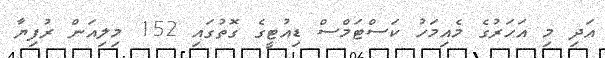
އަދި މި އަހަރުގެ މެއިމަހު ކަސްޓަމްސް ޑިއުޓީގެ ގޮތުގައި 152 މިލިއަން ރުފިޔާ